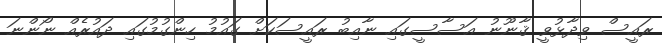
ރައީސް ވިދާޅުވީ ޤާނޫނު އަސާސީގައި ނާއިބު ރައީސަކަށް ގައުމު ހިންގުމުގައި ދައުރެއް ނޯންނަ